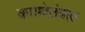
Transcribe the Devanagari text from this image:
कायदेतंत्रात